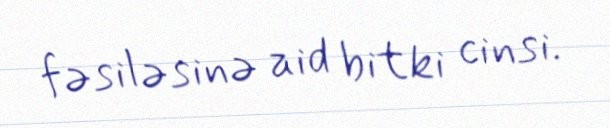
fəsiləsinə aid bitki cinsi.